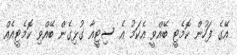
އޭގެ ފަހުން ކޮމެޓީ ބޭއްވީ އެކަމު އެ ސިޓީއާ ގުޅިގެން ބޭއްވި ކޮމެޓީއެއް